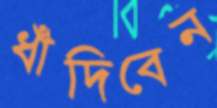
ধাঁদিবেন